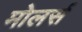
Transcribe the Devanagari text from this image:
मोलर्स